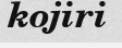
kojiri